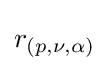
r_{(p,\nu ,\alpha )}